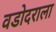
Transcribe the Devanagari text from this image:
वडोदराला